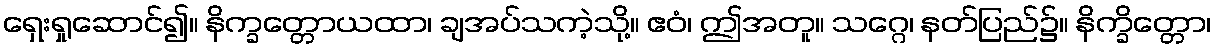
ရှေးရှုဆောင်၍။ နိက္ခတ္တောယထာ၊ ချအပ်သကဲ့သို့။ ဧဝံ၊ ဤအတူ။ သဂ္ဂေ၊ နတ်ပြည်၌။ နိက္ခိတ္တော၊